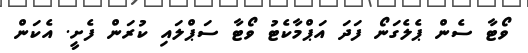
ވޯޓާ ސެން ޕެލެގަނޯ ފަދަ އަޕްމާކެޓު ވޯޓާ ސަޕްލައި ކުރަން ފެށީ. އެކަން